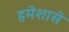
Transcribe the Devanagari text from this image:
हमेशासे